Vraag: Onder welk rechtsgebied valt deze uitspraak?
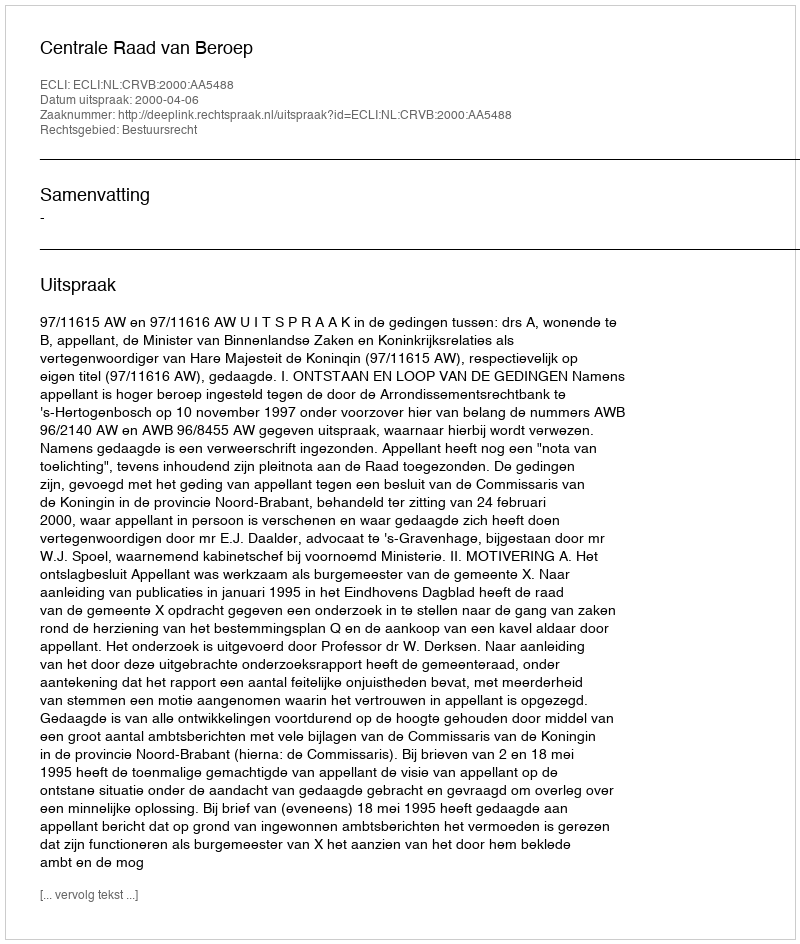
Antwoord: Bestuursrecht